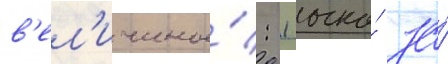
в'ел'ичины́: 1 очко́ за́